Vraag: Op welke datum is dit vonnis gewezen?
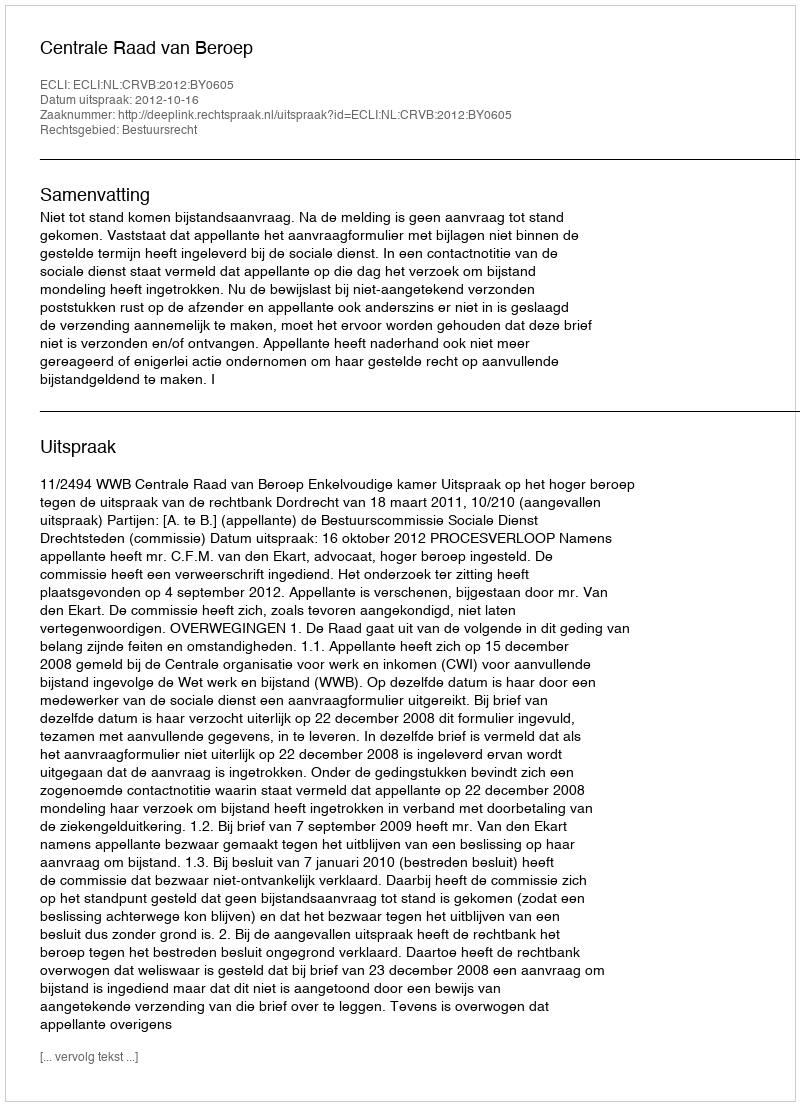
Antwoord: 2012-10-16